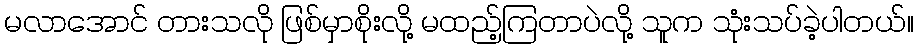
မလာအောင် တားသလို ဖြစ်မှာစိုးလို့ မထည့်ကြတာပဲလို့ သူက သုံးသပ်ခဲ့ပါတယ်။